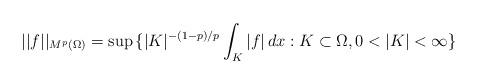
LaTeX: \begin{align*} ||f||_{M^p(\Omega)}= \sup \, \large \{|K|^{-(1-p)/p}\int_K |f| \, dx : K\subset \Omega, 0<|K|<\infty \large \}\end{align*}